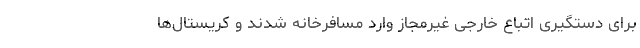
برای دستگیری اتباع خارجی غیرمجاز وارد مسافرخانه شدند و کریستال‌ها